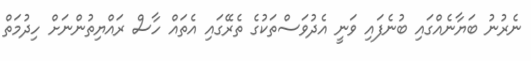
ނެރުނު ބަޔާނެއްގައި ބުނެފައި ވަނީ އެދުވަސްތަކުގެ ތެރޭގައި އެތައް ހާސް ރައްޔިތުންނަށް ހިދުމަތް